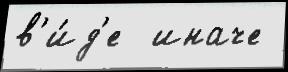
в'и́д'е  иначе